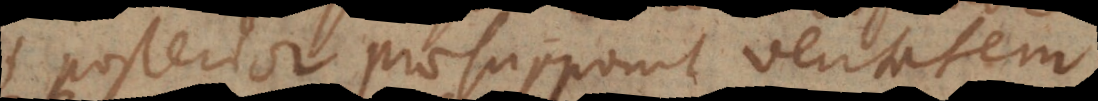
posterior praesupponit veritatem